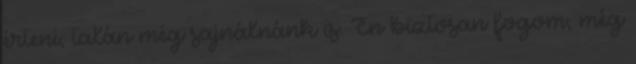
érteni, talán még sajnálnánk is. Én biztosan fogom, még